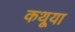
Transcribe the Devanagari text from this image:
कथूया